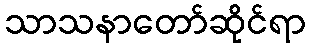
သာသနာတော်ဆိုင်ရာ